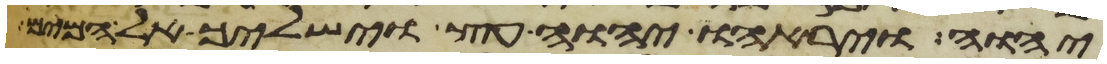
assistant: יהוה ויראהו יהוה עץ וישלך אל המים